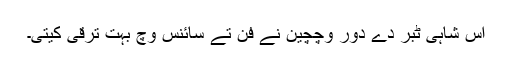
اس شاہی ٹبر دے دور وچچین نے فن تے سائنس وچ بہت ترقی کیتی۔